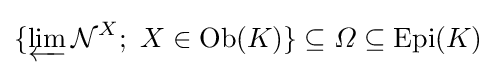
\{\varprojlim {\mathcal {N}}^{X};\ X\in \operatorname {Ob} (K)\}\subseteq \varOmega \subseteq \operatorname {Epi} (K)